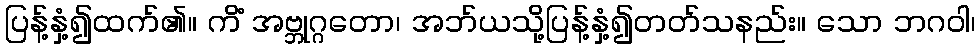
ပြန့်နှံ့၍ထက်၏။ ကိံ အဗ္ဘုဂ္ဂတော၊ အဘ်ယသို့ပြန့်နှံ့၍တတ်သနည်း။ သော ဘဂဝါ၊